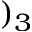
) _ { 3 }